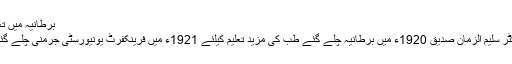
برطانیہ میں تعلیم
ڈاکٹر سلیم الزمان صدیق 1920ء میں برطانیہ چلے گئے طب کی مزید تعلیم کیلئے 1921ء میں فرینکفرٹ یونیورسٹی جرمنی چلے گئے۔